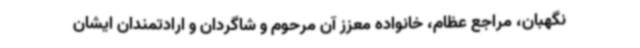
نگهبان، مراجع عظام، خانواده معزز آن مرحوم و شاگردان و ارادتمندان ایشان